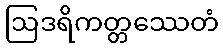
ဩဒရိကတ္တဿေတံ